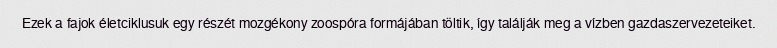
Ezek a fajok életciklusuk egy részét mozgékony zoospóra formájában töltik, így találják meg a vízben gazdaszervezeteiket.